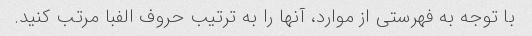
با توجه به فهرستی از موارد، آنها را به ترتیب حروف الفبا مرتب کنید.